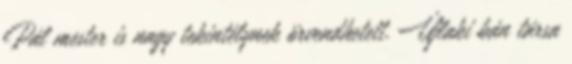
Pál mester is nagy tekintélynek örvendhetett. Újlaki bán társa